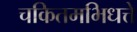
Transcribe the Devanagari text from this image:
चकितमभिधत्ते